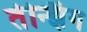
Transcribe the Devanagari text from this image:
तेन्झिंग